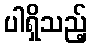
ပါရှိသည့်